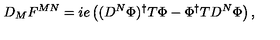
D _ { M } F ^ { M N } = i e \left( ( D ^ { N } \Phi ) ^ { \dagger } T \Phi - \Phi ^ { \dagger } T D ^ { N } \Phi \right) ,